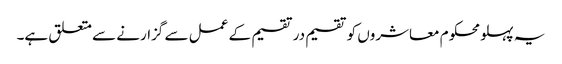
یہ پہلو محکوم معاشروں کو تقسیم در تقسیم کے عمل سے گزارنے سے متعلق ہے۔